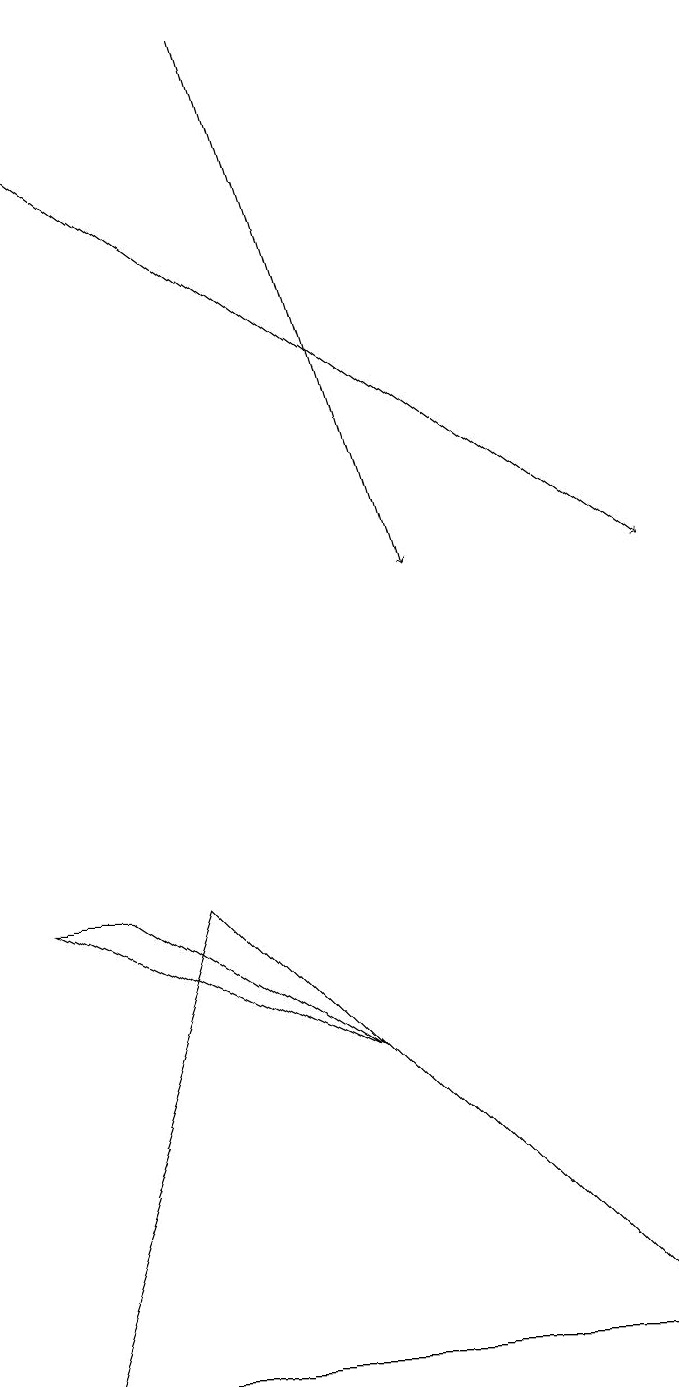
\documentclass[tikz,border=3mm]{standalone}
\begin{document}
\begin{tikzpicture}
\draw[->] (3,19) -- (5,12);
\draw (2,8) -- (0,2) -- (8,2) -- cycle;
\draw[->] (0,18) -- (8,12);
\draw (1,8) -- (0,8) -- (4,6) -- cycle;
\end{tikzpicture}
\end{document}